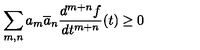
\sum _ { m , n } a _ { m } \overline { { a } } _ { n } \frac { d ^ { m + n } f } { d t ^ { m + n } } ( t ) \geq 0